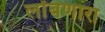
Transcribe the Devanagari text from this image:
लोंबणारा